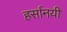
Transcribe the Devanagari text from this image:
हर्सानयी